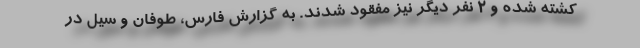
کشته شده و 2 نفر دیگر نیز مفقود شدند. به گزارش فارس، طوفان و سیل در